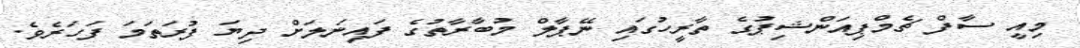
މިއީ ސާފް ޗެމްޕިއަންޝިޕުގެ ތާރީހުގައި ނޭޕާލް މުބާރާތުގެ ފައިނަލަށް ދިޔަ ފުރަތަމަ ފަހަރެވެ.